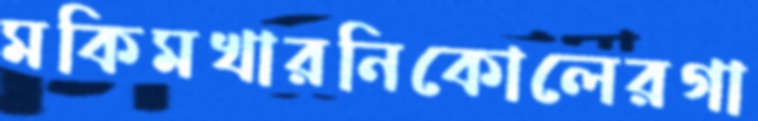
মকিমখারনিকোলেরগা